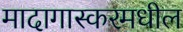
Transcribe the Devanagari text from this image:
मादागास्करमधील